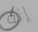
إنه